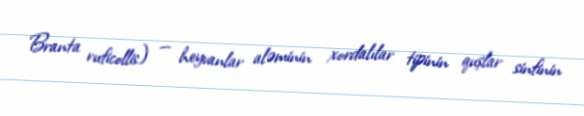
Branta ruficollis) — heyvanlar aləminin xordalılar tipinin quşlar sinfinin